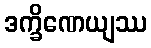
ဒက္ခိဏေယျဿ